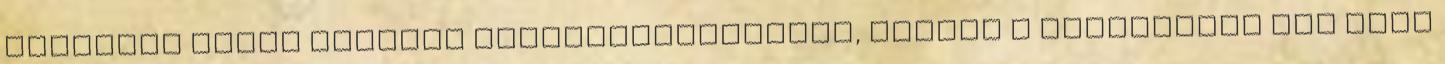
pontosan azért tartják megoldhatatlannak, aminek a valóságban meg kéne